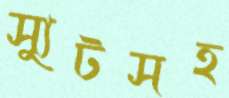
স্যুটসহ